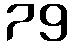
79